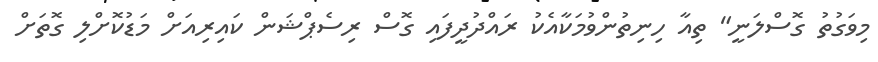
މިވަގުތު ގޮސްލަނީ" ތިއާ ހިނިތުންވުމަކާއެކު ރައްދުދީފައި ގޮސް ރިސެޕްޝަން ކައިރިއަށް މަޑުކޮށްލި ގޮތަށް